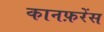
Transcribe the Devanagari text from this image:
कानफ़रेंस